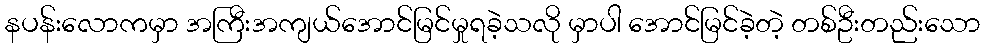
နပန်းလောကမှာ အကြီးအကျယ်အောင်မြင်မှုရခဲ့သလို မှာပါ အောင်မြင်ခဲ့တဲ့ တစ်ဦးတည်းသော